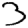
Digit: 3